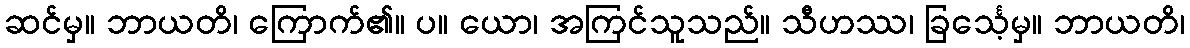
ဆင်မှ။ ဘာယတိ၊ ကြောက်၏။ ပ။ ယော၊ အကြင်သူသည်။ သီဟဿ၊ ခြင်္သေ့မှ။ ဘာယတိ၊